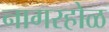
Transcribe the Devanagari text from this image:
नागरहोळ